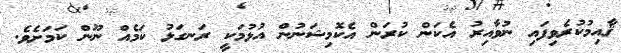
ޤާއިމުކުރެވިފައި ނުވާއިރު އެކަން ކުރަން އެކޮމިޝަނުން އުޅުމަކީ ރަނގަޅު ކަމެއް ނޫން ކަމަށެވެ.